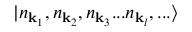
| n _ { \mathbf { k } _ { 1 } } , n _ { \mathbf { k } _ { 2 } } , n _ { \mathbf { k } _ { 3 } } . . . n _ { \mathbf { k } _ { l } } , . . . \rangle